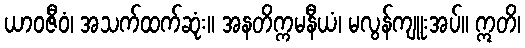
ယာဝဇီဝံ၊ အသက်ထက်ဆုံး။ အနတိက္ကမနီယံ၊ မလွန်ကျူးအပ်။ ဣတိ၊